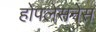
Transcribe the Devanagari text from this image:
होपलेसनेस